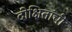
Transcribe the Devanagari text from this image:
दीक्षितांची